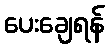
ပေးချေရန်